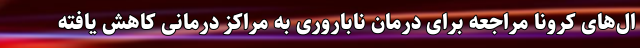
ال‌های کرونا مراجعه برای درمان ناباروری به مراکز درمانی کاهش یافته